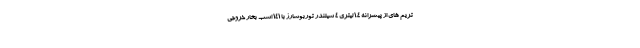
تریم های از پیشرانه 1.4 لیتری 4 سیلندر توربوشارژ با 141 اسب بخار خروجی